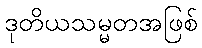
ဒုတိယသမ္မတအဖြစ်